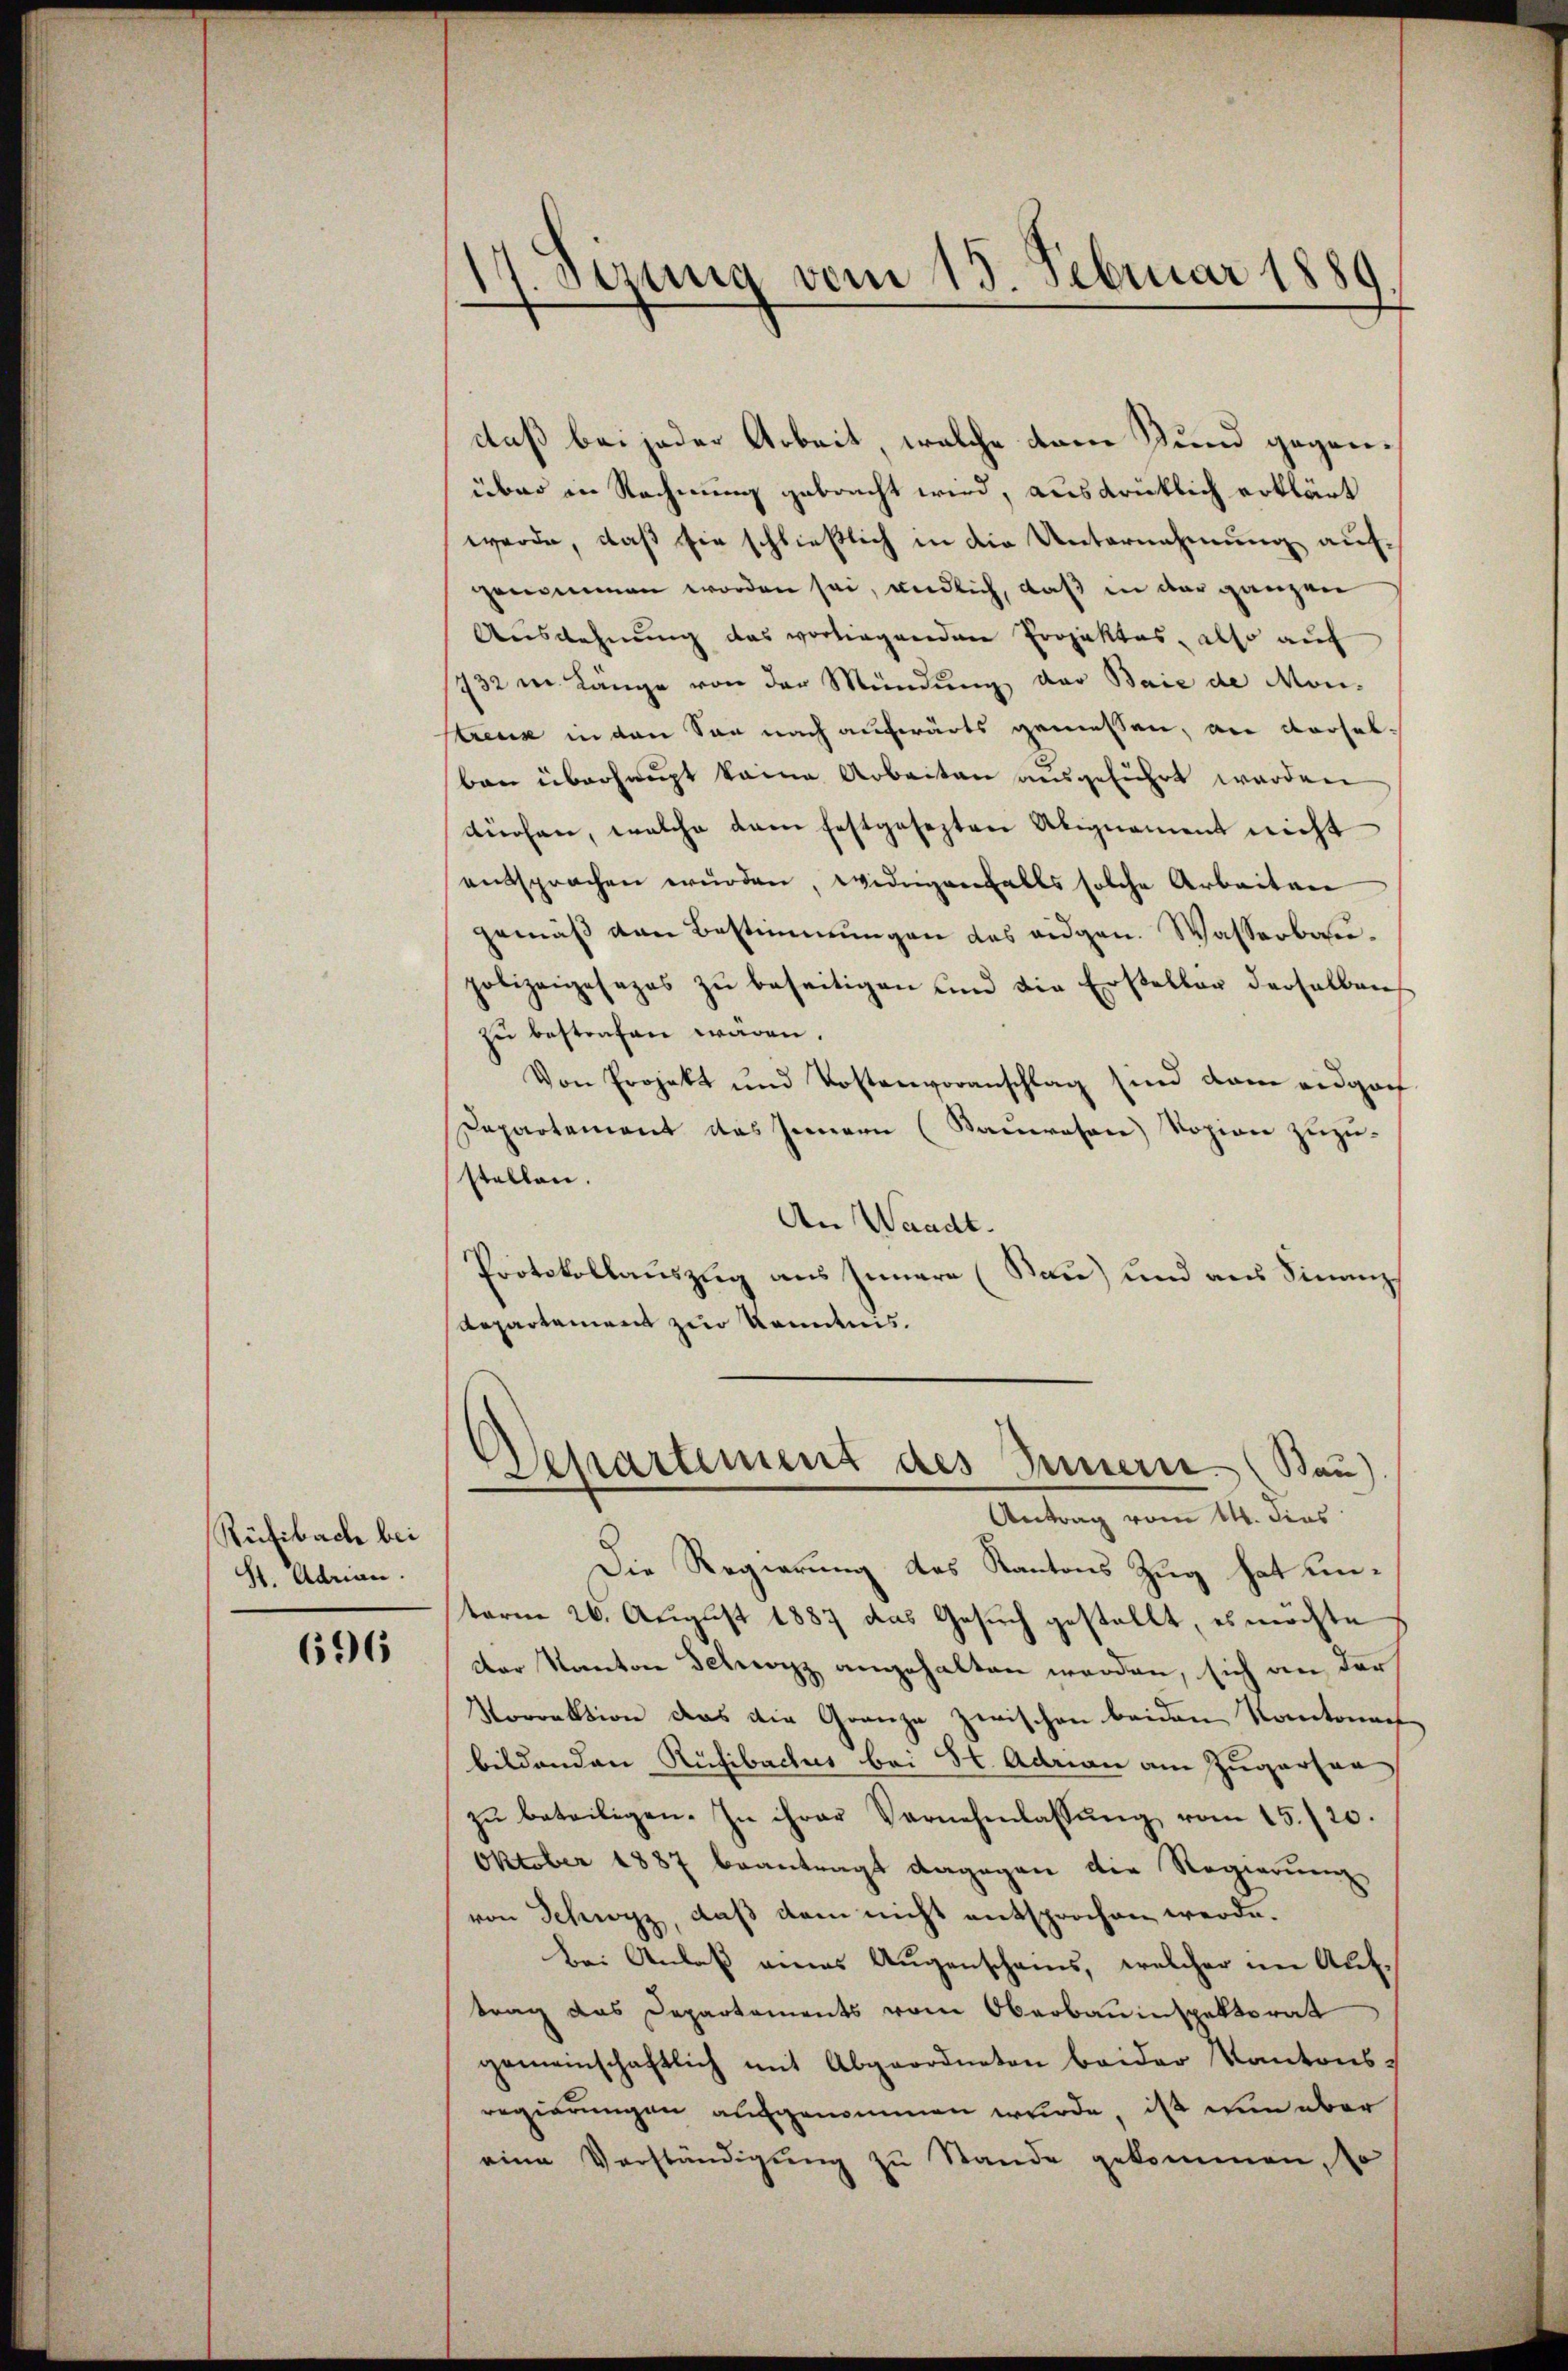
Rütibach bei
S. Adrian.

696

derung vom 15. Februar 1880
d
.

daß bei jeder Arbeit, welche kam und gegenüber in Rechnung gebracht wird, ausdrücklich erklärt
werde, daß sie schließlich in die Unternehmung aufgenommen worden sei, endlich, daß in der ganzen
Ausdehnung das vorliegenden Projektes, also auf
432 in Länge von der Mündung der Baie de Montreuse in den Son nach aufwärts gemessen, an derselben überhaupt keine Arbeiten ausgeführt werden
küchen, welche dan festgesezten Alignament nicht
entsprochen wurden, widrigenfalls solche Arbeiten
gemäß den Bestimmungen des eidgen. Wasserbaupolizeigesezes zu beseitigen und die Ersteller derselben
zu bestrafen wären.
Von Projekt und Kostenvoranschlag sind dem eidgan
Dapartement das Innern (Sauwesen) Vozion zuzustellen.
An Waadt.
Protokollauszug aus Innere (Bau) und aus Finanz
Repartement zur Kenntnis.
Departement des Innern (Bau)
Antrag vom 14. dies
Die Regierung des Kantons Zug hat unterm 26. August 1887 das Gesuch gestellt, es möchte
der Kanton Schwyz angehalten werden, sich an der
Norrektion das die Grenze zwischen beiden Kantona
bildenden Risibaches bei St. Adrian am Zugarter,
zŭ beteiligen. In ihrer Vernehmlassŭng vom 15./20.
Oktober 1887 beantragt dagegen die Regierung
von Schwyz, daß dem nicht entsprochen werde.
Bei Anlaß eines Augenscheins, welcher im Auftrag das Departements vom Oberbauinspektorat
gemeinschaftlich mit Abgeordneten beider Kantonsregierungen aufgenommen wurde, ist nun aber
eine Verständigung zu Stande gekommen, so